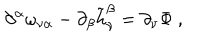
\partial ^ { \alpha } \omega _ { \nu \alpha } - \partial _ { \beta } \tilde { h } _ { \nu } ^ { \beta } = \partial _ { \nu } \Phi \ ,